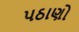
પઠાણો